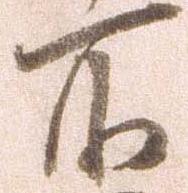
所